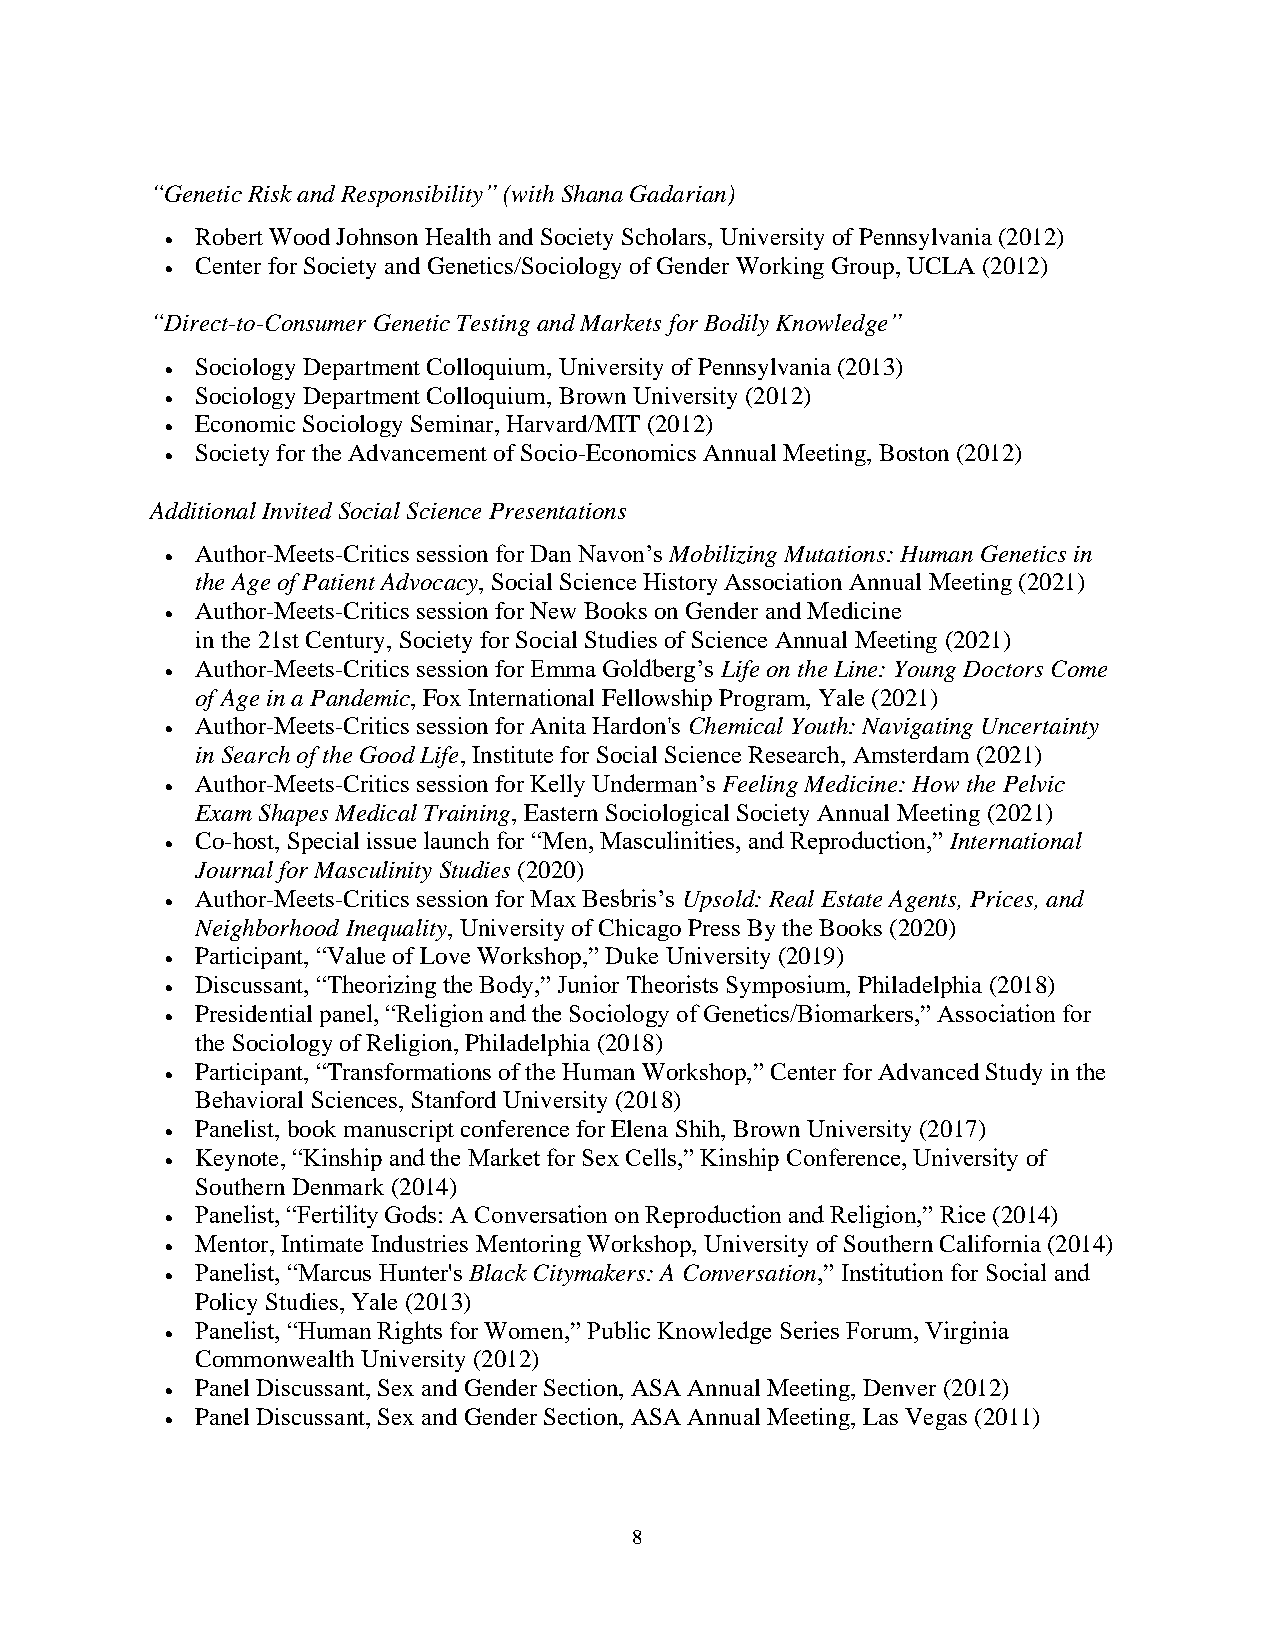
“Genetic Risk and Responsibility” (with Shana Gadarian)
 Robert Wood Johnson Health and Society Scholars, University of Pennsylvania (2012)
 •
 Center for Society and Genetics/Sociology of Gender Working Group, UCLA (2012)
 •
 “Direct-to-Consumer Genetic Testing and Markets for Bodily Knowledge”
 Sociology Department Colloquium, University of Pennsylvania (2013)
 •
 Sociology Department Colloquium, Brown University (2012)
 •
 Economic Sociology Seminar, Harvard/MIT (2012)
 •
 Society for the Advancement of Socio-Economics Annual Meeting, Boston (2012)
 •
 Additional Invited Social Science Presentations
 Author-Meets-Critics session for Dan Navon’s Mobilizing Mutations: Human Genetics in
 •
 the Age of Patient Advocacy, Social Science History Association Annual Meeting (2021)
 Author-Meets-Critics session for New Books on Gender and Medicine
 •
 in the 21st Century, Society for Social Studies of Science Annual Meeting (2021)
 Author-Meets-Critics session for Emma Goldberg’s Life on the Line: Young Doctors Come
 •
 of Age in a Pandemic, Fox International Fellowship Program, Yale (2021)
 Author-Meets-Critics session for Anita Hardon's Chemical Youth: Navigating Uncertainty
 •
 in Search of the Good Life, Institute for Social Science Research, Amsterdam (2021)
 Author-Meets-Critics session for Kelly Underman’s Feeling Medicine: How the Pelvic
 •
 Exam Shapes Medical Training, Eastern Sociological Society Annual Meeting (2021)
 Co-host, Special issue launch for “Men, Masculinities, and Reproduction,” International
 •
 Journal for Masculinity Studies (2020)
 Author-Meets-Critics session for Max Besbris’s Upsold: Real Estate Agents, Prices, and
 •
 Neighborhood Inequality, University of Chicago Press By the Books (2020)
 Participant, “Value of Love Workshop,” Duke University (2019)
 •
 Discussant, “Theorizing the Body,” Junior Theorists Symposium, Philadelphia (2018)
 •
 Presidential panel, “Religion and the Sociology of Genetics/Biomarkers,” Association for
 •
 the Sociology of Religion, Philadelphia (2018)
 Participant, “Transformations of the Human Workshop,” Center for Advanced Study in the
 •
 Behavioral Sciences, Stanford University (2018)
 Panelist, book manuscript conference for Elena Shih, Brown University (2017)
 •
 Keynote, “Kinship and the Market for Sex Cells,” Kinship Conference, University of
 •
 Southern Denmark (2014)
 Panelist, “Fertility Gods: A Conversation on Reproduction and Religion,” Rice (2014)
 •
 Mentor, Intimate Industries Mentoring Workshop, University of Southern California (2014)
 •
 Panelist, “Marcus Hunter's Black Citymakers: A Conversation,” Institution for Social and
 •
 Policy Studies, Yale (2013)
 Panelist, “Human Rights for Women,” Public Knowledge Series Forum, Virginia
 •
 Commonwealth University (2012)
 Panel Discussant, Sex and Gender Section, ASA Annual Meeting, Denver (2012)
 •
 Panel Discussant, Sex and Gender Section, ASA Annual Meeting, Las Vegas (2011)
 •
 8